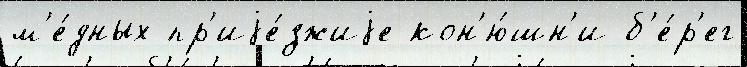
м'е́дных пр'иjе́зжиjе кон'ю́шн'и б'е́р'ег